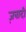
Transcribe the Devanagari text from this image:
ज़बादी